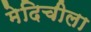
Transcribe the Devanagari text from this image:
मेदिचीला